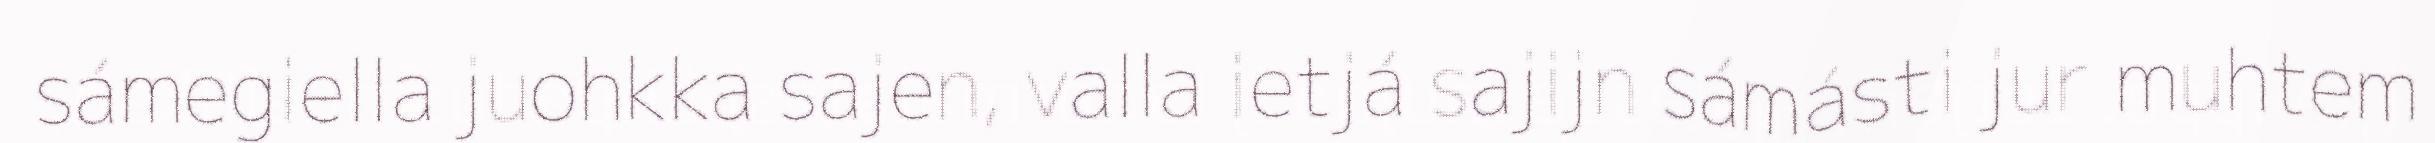
sámegiella juohkka sajen, valla ietjá sajijn sámásti jur muhtem